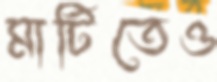
মাটিতেও